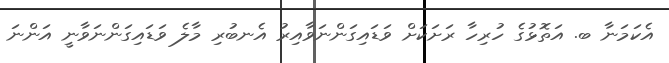
އެކަމަނާ ބ. އަތޮޅުގެ ހުރިހާ ރަށަކަށް ވަޑައިގަންނަވާއިރު އެނބުރި މާލެ ވަޑައިގަންނަވާނީ އަންނަ